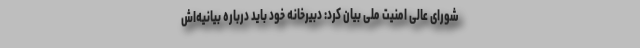
شورای عالی امنیت ملی بیان کرد: دبیرخانه خود باید درباره بیانیه‌اش